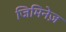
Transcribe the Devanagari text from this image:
जिमिनेज़